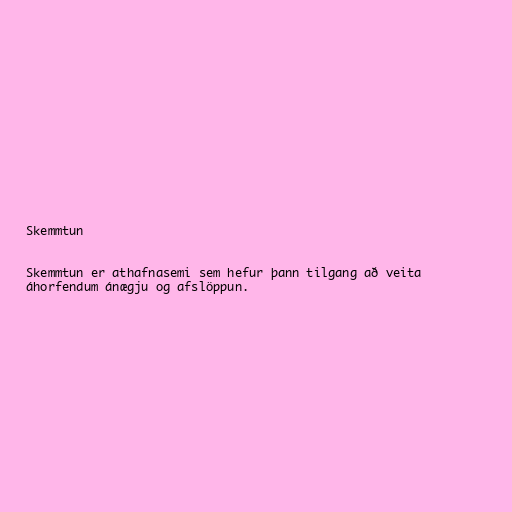
Skemmtun

Skemmtun er athafnasemi sem hefur þann tilgang að veita
áhorfendum ánægju og afslöppun.